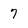
Character: 7